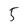
Character: 5